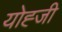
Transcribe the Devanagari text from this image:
योह्जी